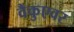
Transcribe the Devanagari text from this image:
वैंकुएवर